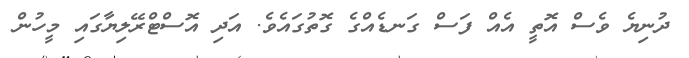
ދުނިޔެ ވެސް އޮތީ އެއް ފަސް ގަނޑެއްގެ ގޮތުގައެވެ. އަދި އޮސްޓްރޭލިޔާގައި މީހުން